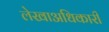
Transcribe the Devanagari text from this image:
लेखाअधिकारी